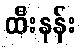
ထီးနန်း